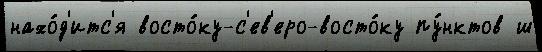
нахо́д'итс'я восто́ку-с'ев'еро-восто́ку пу́нктов ш